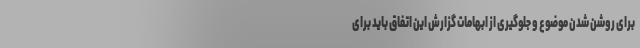
برای روشن شدن موضوع و جلوگیری از ابهامات گزارش این اتفاق باید برای